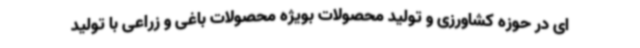
ای در حوزه کشاورزی و تولید محصولات بویژه محصولات باغی و زراعی با تولید